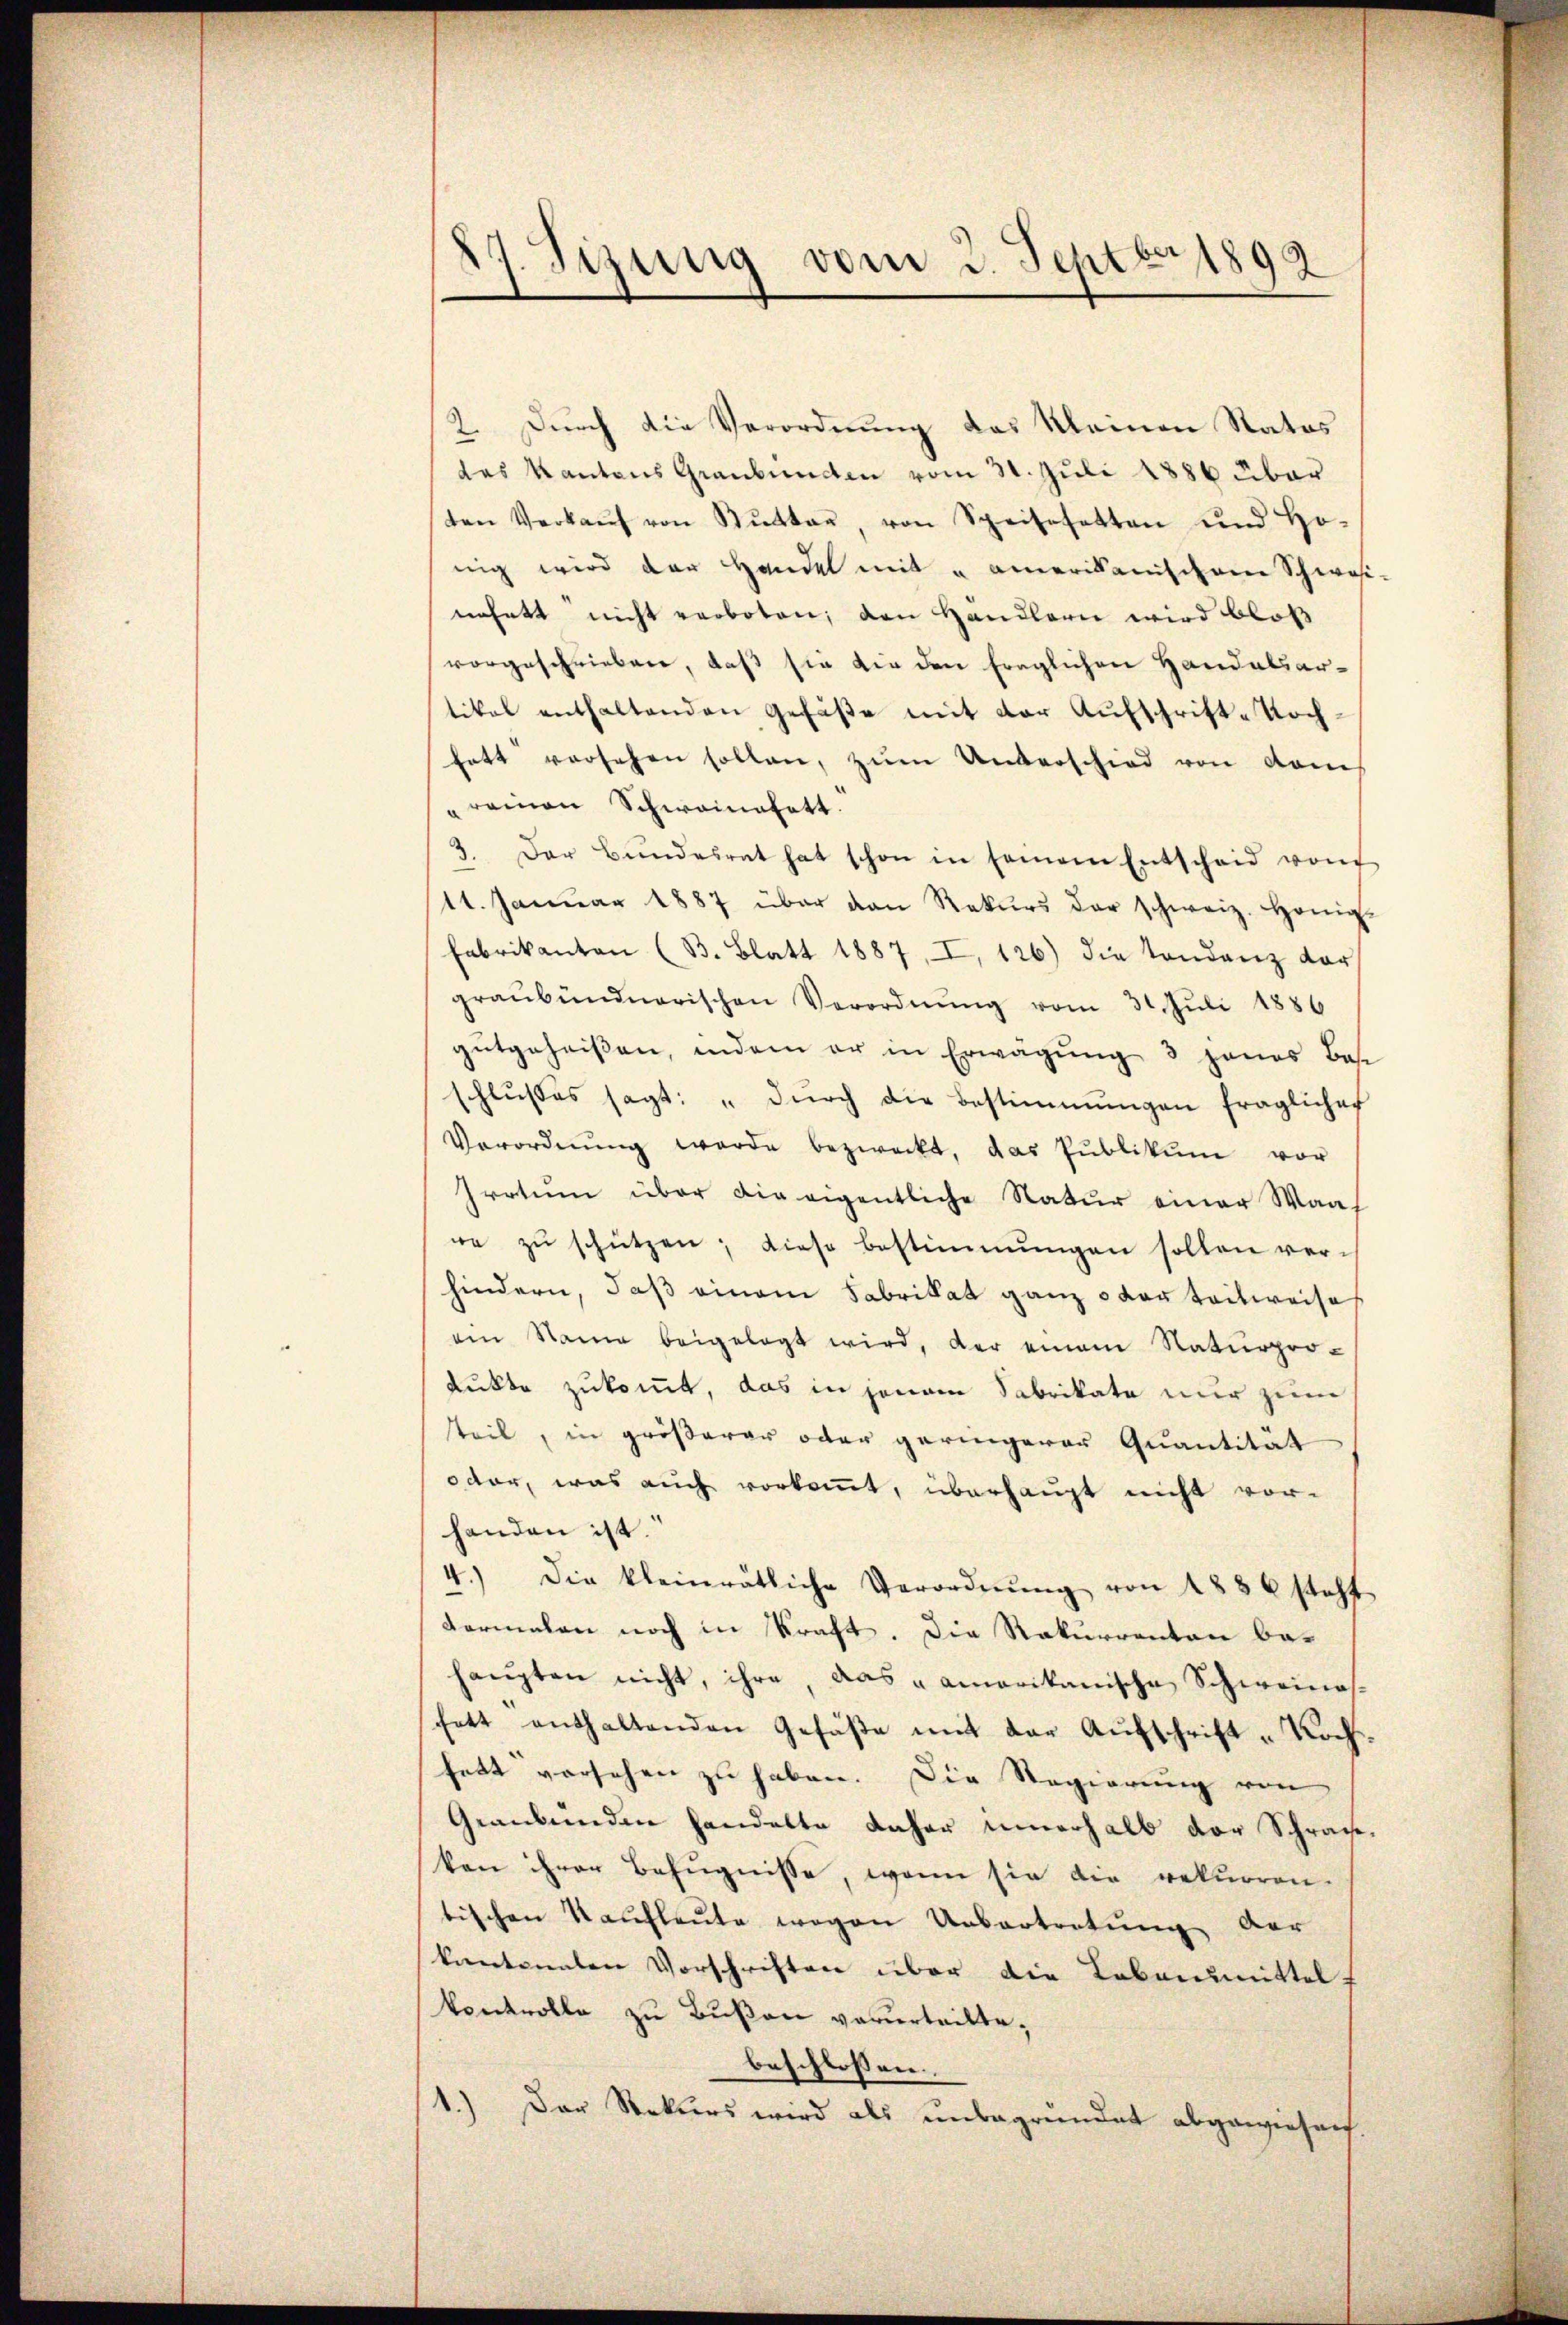
7. Sizung vom 3. Septbr 1892

Durch die Verordnung des Kleinen Ratos
2
das Kantons Graubünden vom 31. Juli 1886 über
sten Verkaŭf von Kŭtter, von Speisesatten und ho-
nig wird der Handel mit u amerikanischene Schwasi-
nährt nicht verboten, den Händlerie wird bloß
vorgeschrieben, daß sie die den fraglichen Handelsartikel enthaltenden Gefäße mit der Aufschrift-Nochhatt versehen sollen, zŭm Unterschied von dem
reinen Schwanatott.
3. Der Bŭndesrat hat schon in seinem Entschaid von
14. Janŭar 1887 über den Rekŭrs der schweiz. Honig-
Fabrikanton (B. Blatt 1887, I, 126) die Tondanz dar
graubündnerischen Verordnŭng vom 31. Jŭli 1886
gŭtgeheiβen, indem er in Erwägŭng 3 jenes Base
schlŭβes sagt: "dŭrch die Bestimmungen fraglicher
Verordnŭng werde bezweckt, das Pŭblikŭm vor
Iratum über die eigentliche Natur einer Waa
re zŭ schützen; diese bestimmungen sollen ver-
hindern, daß einem Fabrikat ganz oder teilweise
ein Name beigelegt wird, der einem Naturpro-
dukte zukommt, das in jenem Sabrikate nur zum
teil, in größerer oder geringerer Quantität
odor, was auch vorkommt, überhaupt nicht vor-
handen ist.
4.) Die kleinrätliche Verordnŭng von 1886 steht
dermalen noch in Kraft. Die Rekurrenten behaupten nicht, ihre, das amerikanische Schweinesfett enthaltenden Gefäße mit der Aufschrift-Kochfett vorsehen zu haben. Die Regierung von
Graubünden handelte daher innerhalb der Schrankon ihrer Befugnisse, wenn sie die rekurren-
tischen Kaufleute wegen Uebertretung der
kenannten Vorschriften über die Lebensmittelkontrolle zu Bußen verurteilte,
beschlossen:
1.) Der Rekurs wird als unbegründet abgewiesen.